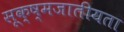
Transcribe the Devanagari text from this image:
सूक्ष्मजातीयता